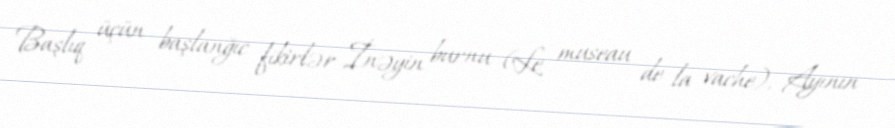
Başlıq üçün başlanğıc fikirlər İnəyin burnu (Le museau de la vache), Ayının